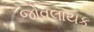
જોવલાયક